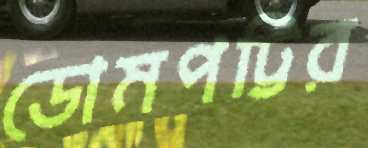
ডোমপট্টির